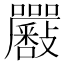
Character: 𡆉